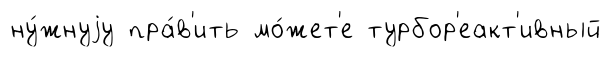
ну́жнуjу пра́в'ить мо́жет'е турбор'еакт'ивный